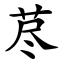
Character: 荩